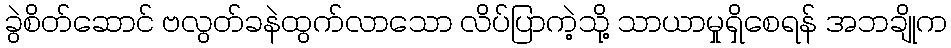
ခွဲစိတ်ဆောင် ဗလွတ်ခနဲထွက်လာသော လိပ်ပြာကဲ့သို့ သာယာမှုရှိစေရန် အဘချိုက